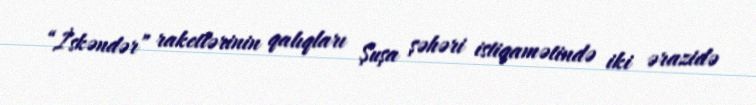
“İskəndər” raketlərinin qalıqları Şuşa şəhəri istiqamətində iki ərazidə